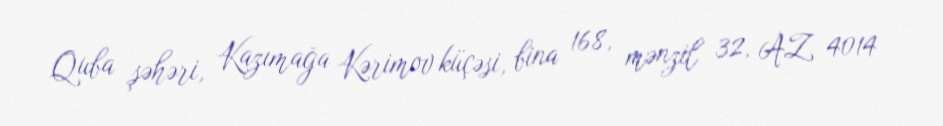
Quba şəhəri, Kazımağa Kərimov küçəsi, bina 168, mənzil 32, AZ 4014